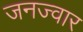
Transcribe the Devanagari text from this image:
जनज्वार